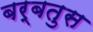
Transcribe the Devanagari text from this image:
बर्बतुस